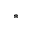
^ *